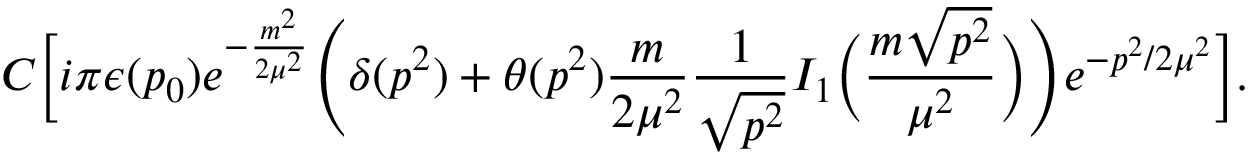
C \Big [ i \pi \epsilon ( p _ { 0 } ) e ^ { - { \frac { m ^ { 2 } } { 2 \mu ^ { 2 } } } } \Bigg ( \delta ( p ^ { 2 } ) + \theta ( p ^ { 2 } ) { \frac { m } { 2 \mu ^ { 2 } } } { \frac { 1 } { \sqrt { p ^ { 2 } } } } I _ { 1 } \Big ( { \frac { m \sqrt { p ^ { 2 } } } { \mu ^ { 2 } } } \Big ) \Bigg ) e ^ { - p ^ { 2 } / 2 \mu ^ { 2 } } \Big ] .